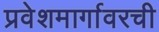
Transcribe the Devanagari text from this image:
प्रवेशमार्गावरची